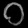
Digit: ၀